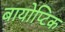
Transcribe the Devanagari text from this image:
बायोप्टिक